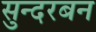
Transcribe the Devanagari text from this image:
सुन्दरबन